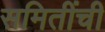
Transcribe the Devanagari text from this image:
समितींची